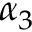
\alpha _ { 3 }